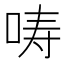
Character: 𱒦